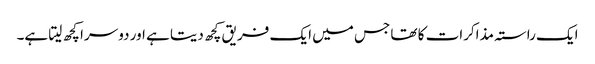
ایک راستہ مذاکرات کا تھا جس میں ایک فریق کچھ دیتا ہے اور دوسرا کچھ لیتا ہے۔